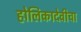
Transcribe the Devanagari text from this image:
होलिकादेवीचा